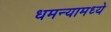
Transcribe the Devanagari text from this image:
धमन्यामध्ये